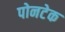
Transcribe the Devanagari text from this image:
पोनटेक